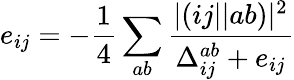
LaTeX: e_{ij}=-\frac{1}{4}\sum_{ab}\frac{|(ij||ab)|^{2}}{\Delta_{ij}^{ab}+e_{ij}}